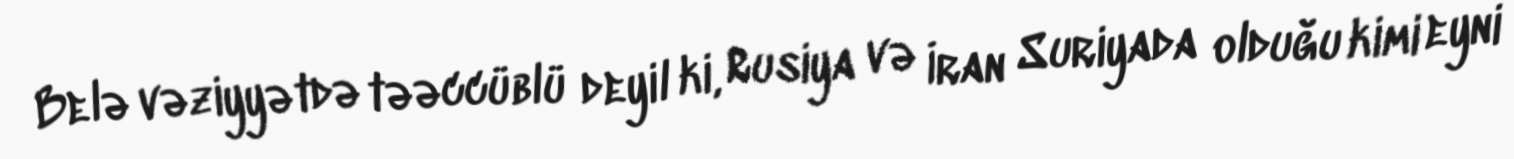
Belə vəziyyətdə təəccüblü deyil ki, Rusiya və İran Suriyada olduğu kimi eyni